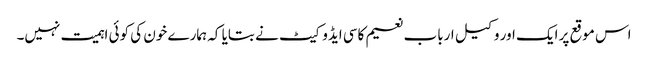
اس موقع پر ایک اور وکیل ارباب نعیم کاسی ایڈوکیٹ نے بتایا کہ ہمارے خون کی کوئی اہمیت نہیں۔